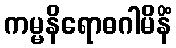
ကမ္မနိရောဓဂါမိနိံ